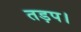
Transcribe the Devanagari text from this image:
तड़प।